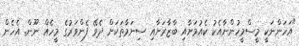
"އަހަންނަކީ މީސްމީހުންނާއެކު ކެއުމަށާއި ބާޒާރަށާއި ސިނަމާތަކަށް ދެވޭ ފެންވަރުގެ މީހެއް ނޫން. އެހެން